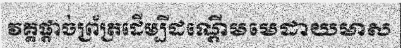
វគ្គផ្តាច់ព្រ័ត្រដើម្បីដណ្តើមមេដាយមាស